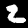
Digit: 2